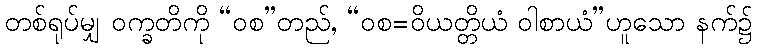
တစ်ရုပ်မျှ ဝက္ခတိကို “ဝစ”တည်, “ဝစ=ဝိယတ္တိယံ ဝါစာယံ”ဟူသော နက်၌